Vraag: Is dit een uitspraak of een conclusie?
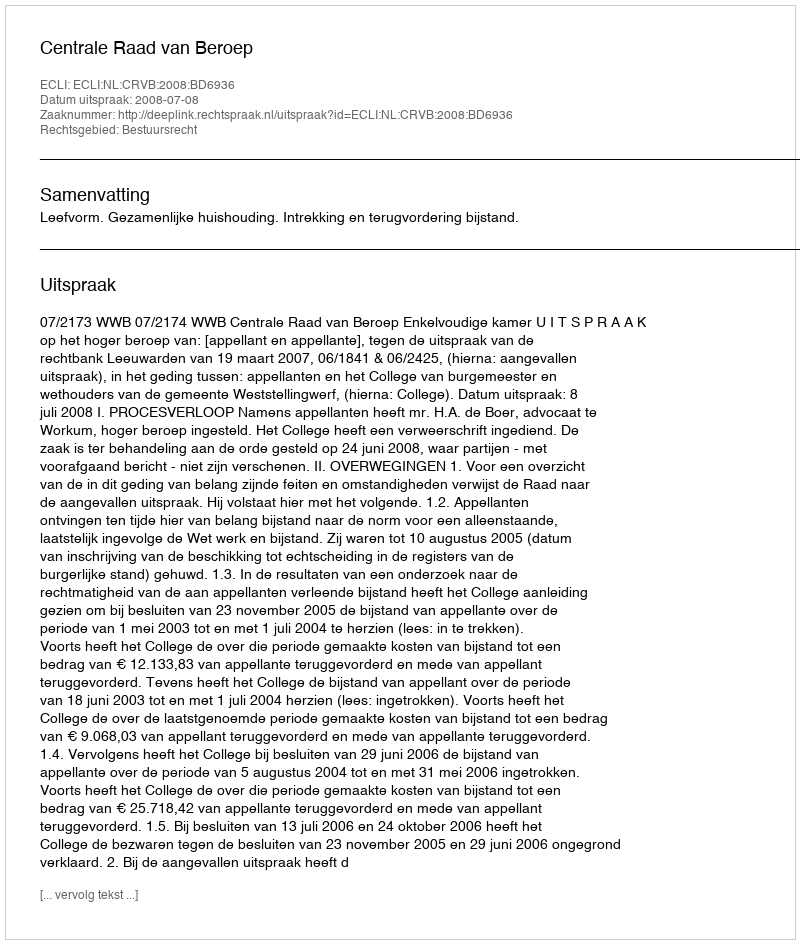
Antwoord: Uitspraak